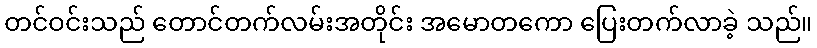
တင်ဝင်းသည် တောင်တက်လမ်းအတိုင်း အမောတကော ပြေးတက်လာခဲ့ သည်။